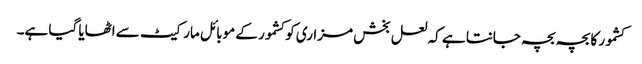
کشمور کا بچہ بچہ جانتا ہے کہ لعل بخش مزاری کو کشمور کے موبائل مارکیٹ سے اٹھایا گیا ہے۔